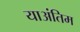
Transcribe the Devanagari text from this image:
याअंतिम